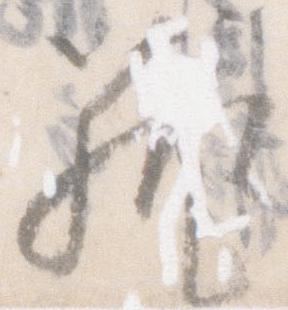
籠